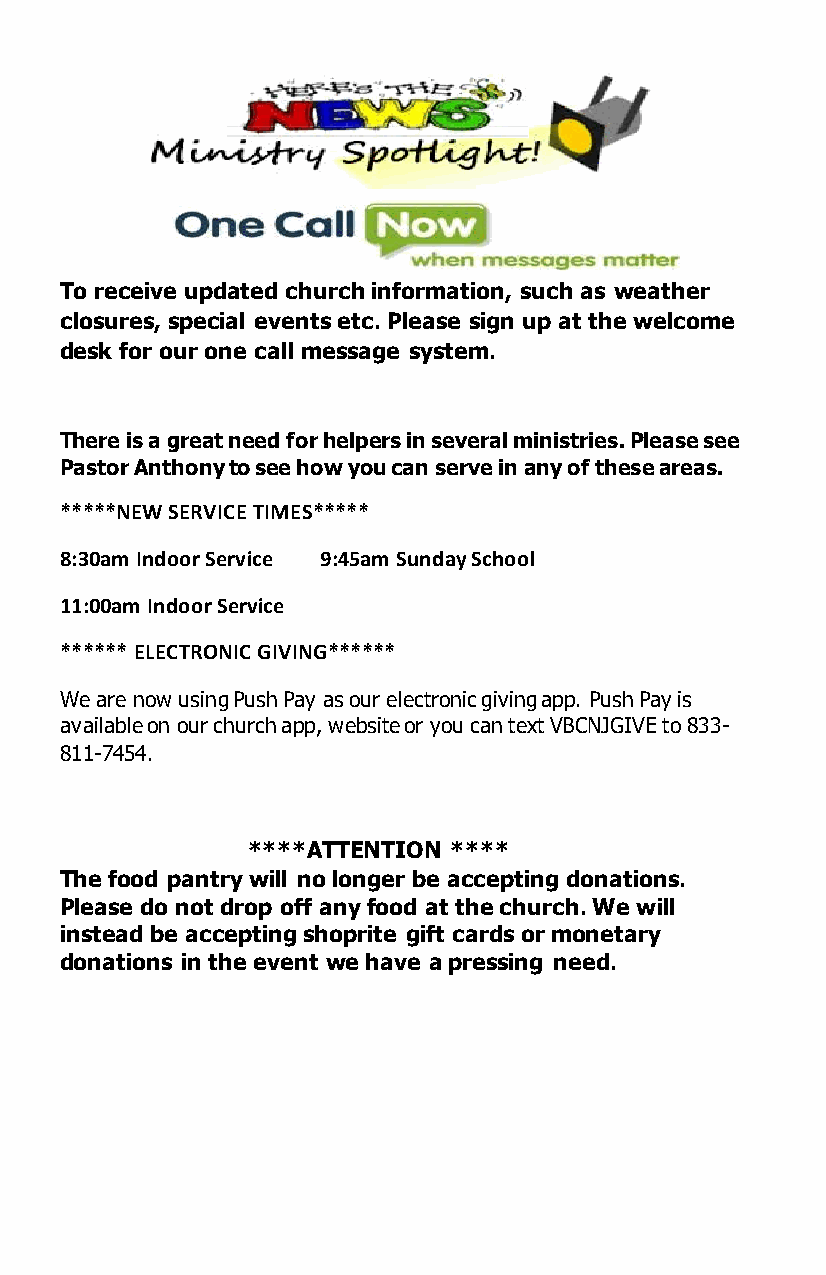
To receive updated church information, such as weather
 closures, special events etc. Please sign up at the welcome
 desk for our one call message system.
 There is a great need for helpers in several ministries. Please see
 Pastor Anthony to see how you can serve in any of these areas.
 *****NEW SERVICE TIMES*****
 8:30am Indoor Service 9:45am Sunday School
 11:00am Indoor Service
 ****** ELECTRONIC GIVING******
 We are now using Push Pay as our electronic giving app. Push Pay is
 available on our church app, website or you can text VBCNJGIVE to 833-
 811-7454.
 ****ATTENTION ****
 The food pantry will no longer be accepting donations.
 Please do not drop off any food at the church. We will
 instead be accepting shoprite gift cards or monetary
 donations in the event we have a pressing need.